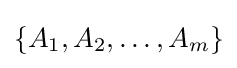
\{A_{1},A_{2},\ldots ,A_{m}\}